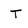
Character: T